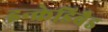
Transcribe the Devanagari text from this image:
इन्क्रेडिबैड